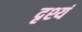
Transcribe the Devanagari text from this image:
दृश्यं